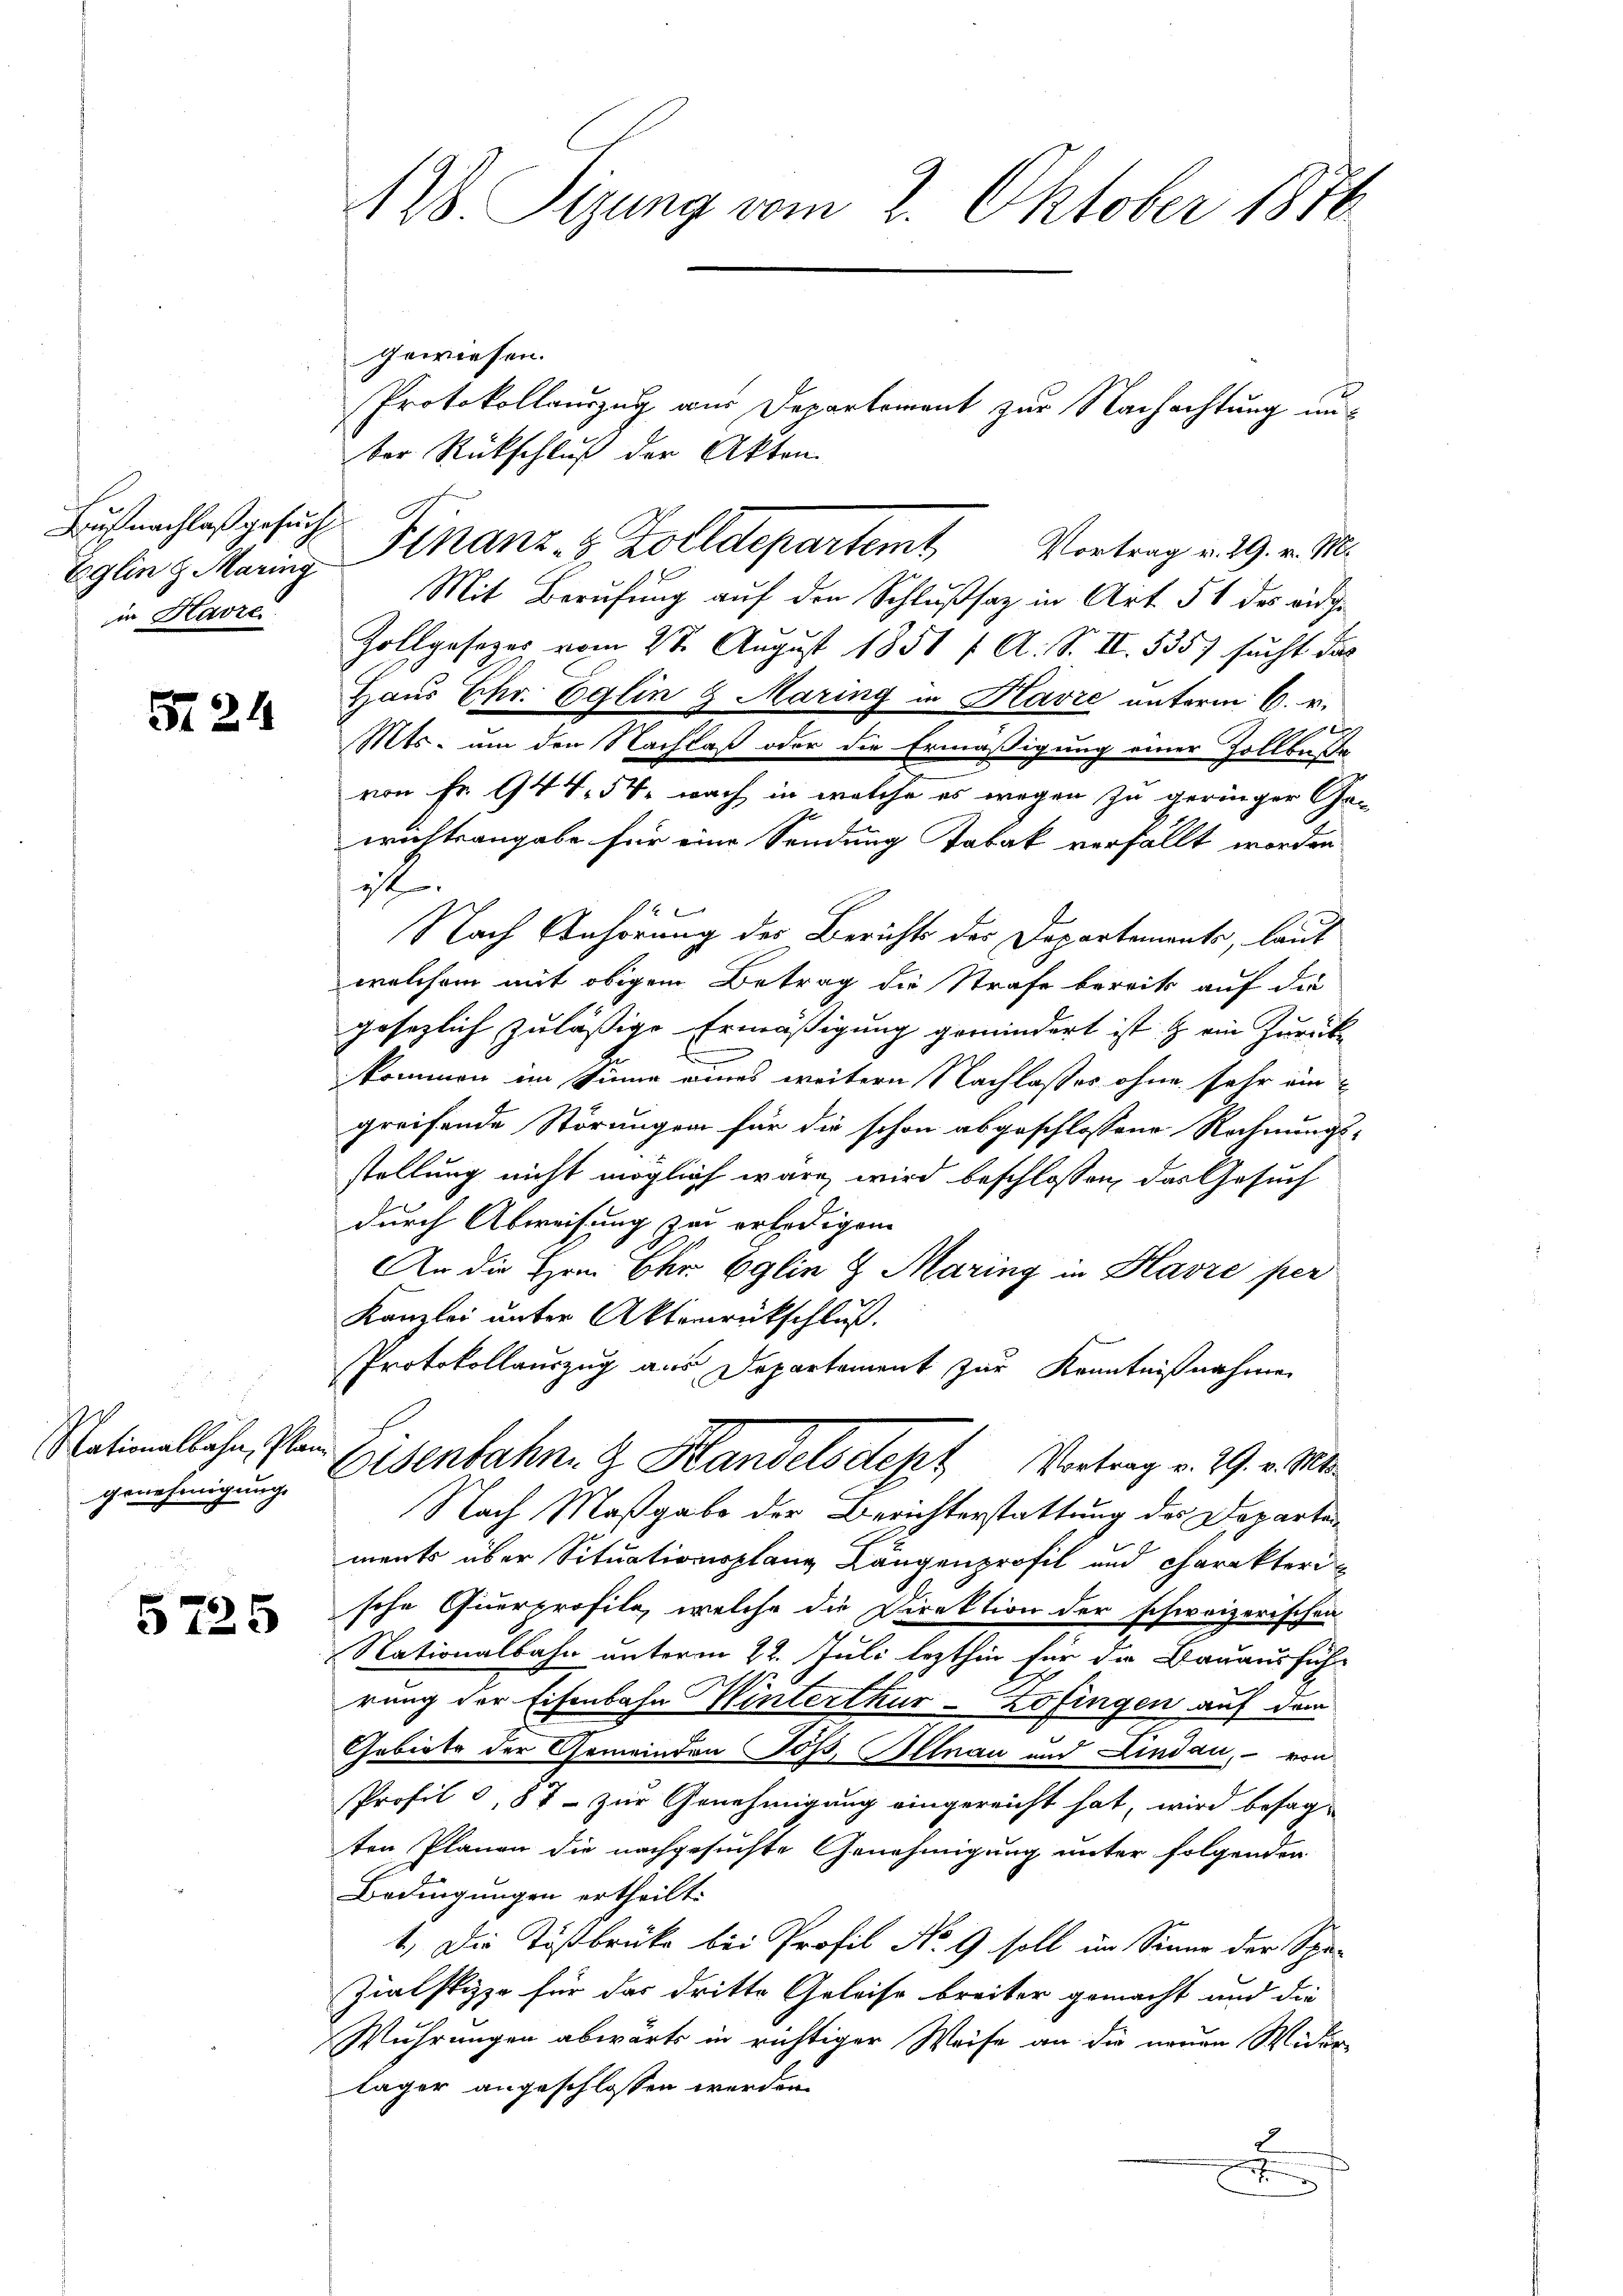
Buch nachlaß gesuch
Eglin 9 Maring
in Havre

S. 24

Nationalbahn, Plan
genehmigung

5725

128 Sizung vom 2. Oktober 1876

gewiesen.
ker Rückschluß der Akten
Mit Berufung auf den Schlußsatz in Art. 51 des eidge
Zollgesezes vom 28. August 1851 f. A. S. II 5357 sucht das
Haus Ehr. Eglin 9 Maring in Havre unterm 6. v.
Mts. um den Nachlaß oder die Ermäßigung einer Zollbeste
von Fr. 944. 54. nach in welche es wegen zu geringer Gewichtsangabe für eine Sendung Tabak verfällt worden
1
Nach Anhörung des Berichts der Departements, laut
welchem mit obigem Betrag die Strafe bereits auf die
gesezlich zuläßige Ermäßigung gemindert ist, & ein Zurückkommen im Sinne eines weitern Nachlasses ohne sehr ein
greifende Störungen für die schon abgeschlossene Rechnungs-
stellung nicht möglich wäre wird beschlossen, das Gesuch
durch Abweisung zu erledigen.
An die Hrn. Chr. Eglin 8 Maring in Havre per
Kanzlei unter Aktenrückschluß.
Protokollauszug aus Departement zur Kenntnißnahmen
Eisenbahn. G. Handelsdept Vortrag v. 29. v. Mts.
Nach Maßgabe der Berichterstattung des Departements über Situationsplanz Längenprofil und Charakteri
sche Querprofile, welche die Direktion der schweizerischen
Nationalbahn unterm 22. Juli lezthin für die Bauausführ
rung der Eisenbahn Winterthur–Zofingen auf dem
Gebiete der Gemeinden Töß, Illnau und Lindau, – von
Profil , 87 - zur Genehmigung eingereicht hat, wird besagten Planen die nachgesuchte Genehmigung unter folgenden
Bedingungen ertheilt.
1.) Die Tößbrücke bei Profil No 9 soll im Sinne der Spa-
Zielstizze für das dritte Geleise breiter gemacht und die
Wuhrungen abwärts in richtiger Weise an die neuen Wider-
lager angeschlossen werden.
c

Protokollauszug aus Departement zur Nachachtung un¬
Finanz- & Zolldepartemt Vortrag v. 29. v. M.